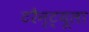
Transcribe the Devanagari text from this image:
टरैन्ट्यूला